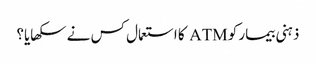
ذہنی بیمار کو ATM کا استعمال کس نے سکھایا؟